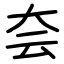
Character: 夽